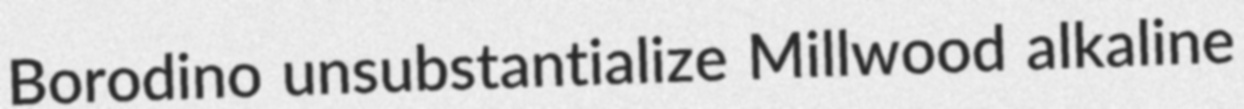
Borodino unsubstantialize Millwood alkaline